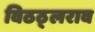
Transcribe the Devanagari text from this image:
विठठ्लराव